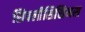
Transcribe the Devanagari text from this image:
सिपलीसिसिमस